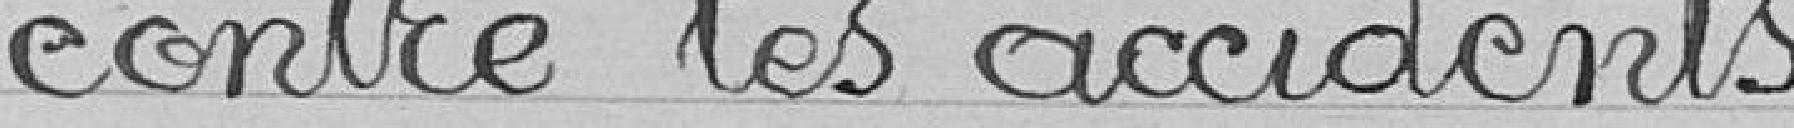
contre les accidents